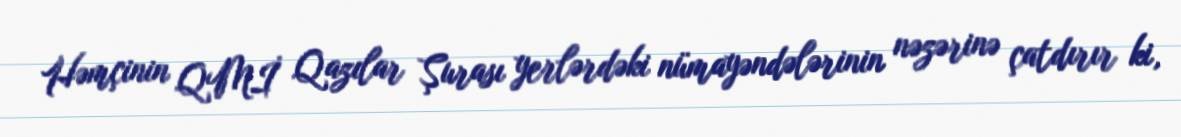
Həmçinin QMİ Qazılar Şurası yerlərdəki nümayəndələrinin nəzərinə çatdırır ki,